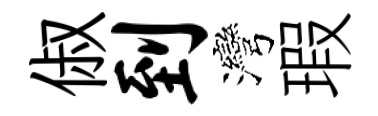
俶到灣瑕